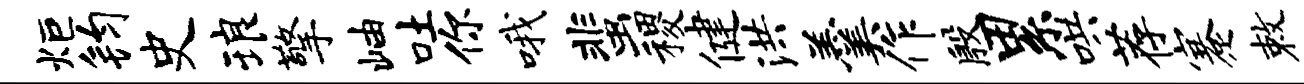
炬钧史琅擎岫吐你哦蜚稷健洪羹作殷累哄荐蹇敕